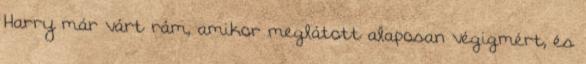
Harry már várt rám, amikor meglátott alaposan végigmért, és